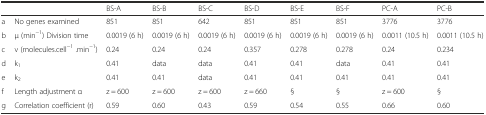
<table><thead><tr><td>[EMPTY_CELL]</td><td>[EMPTY_CELL]</td><td><b>BS-A</b></td><td><b>BS-B</b></td><td><b>BS-C</b></td><td><b>BS-D</b></td><td><b>BS-E</b></td><td><b>BS-F</b></td><td><b>PC-A</b></td><td><b>PC-B</b></td></tr></thead><tbody><tr><td>a</td><td>No genes examined</td><td>851</td><td>851</td><td>642</td><td>851</td><td>851</td><td>851</td><td>3776</td><td>3776</td></tr><tr><td>b</td><td>μ (min<sup>−1</sup>) Division time</td><td>0.0019 (6 h)</td><td>0.0019 (6 h)</td><td>0.0019 (6 h)</td><td>0.0019 (6 h)</td><td>0.0019 (6 h)</td><td>0.0019 (6 h)</td><td>0.0011 (10.5 h)</td><td>0.0011 (10.5 h)</td></tr><tr><td>c</td><td>v (molecules.cell<sup>−1</sup> .min<sup>−1</sup>)</td><td>0.24</td><td>0.24</td><td>0.24</td><td>0.357</td><td>0.278</td><td>0.278</td><td>0.24</td><td>0.234</td></tr><tr><td>d</td><td>k<sub>1</sub></td><td>0.41</td><td>data</td><td>data</td><td>0.41</td><td>0.41</td><td>data</td><td>0.41</td><td>0.41</td></tr><tr><td>e</td><td>k<sub>2</sub></td><td>0.41</td><td>0.41</td><td>data</td><td>0.41</td><td>0.41</td><td>0.41</td><td>0.41</td><td>0.41</td></tr><tr><td>f</td><td>Length adjustment α</td><td>z = 600</td><td>z = 600</td><td>z = 600</td><td>z = 660</td><td>§</td><td>§</td><td>z = 600</td><td>§</td></tr><tr><td>g</td><td>Correlation coefficient (r)</td><td>0.59</td><td>0.60</td><td>0.43</td><td>0.59</td><td>0.54</td><td>0.55</td><td>0.66</td><td>0.60</td></tr></tbody></table>